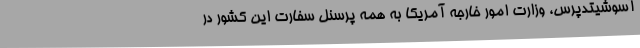
آسوشیتدپرس، وزارت امور خارجه آمریکا به همه پرسنل سفارت این کشور در